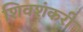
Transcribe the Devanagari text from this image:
शिवशंकरी